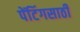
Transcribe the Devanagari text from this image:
पेंटिंगसाठी